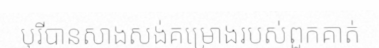
បុរីបានសាងសង់គម្រោងរបស់ពួកគាត់